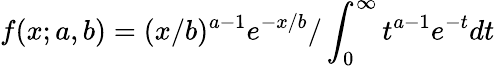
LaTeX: f(x;a,b)=(x/b)^{a-1}e^{-x/b}/\int_{0}^{\infty}t^{a-1}e^{-t}dt